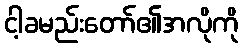
ငါ့ခမည်းတော်၏အလိုကို